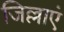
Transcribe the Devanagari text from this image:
जिल्लाएं